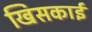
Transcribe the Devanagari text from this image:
खिसकाई